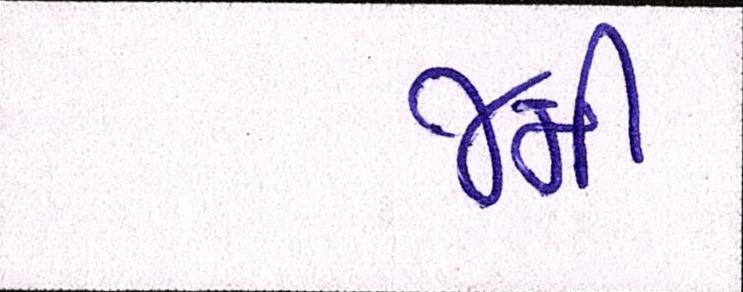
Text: જમી